Senior Leaving Certificate Examination (including Day School Certificate (Higher) General paper), 1946
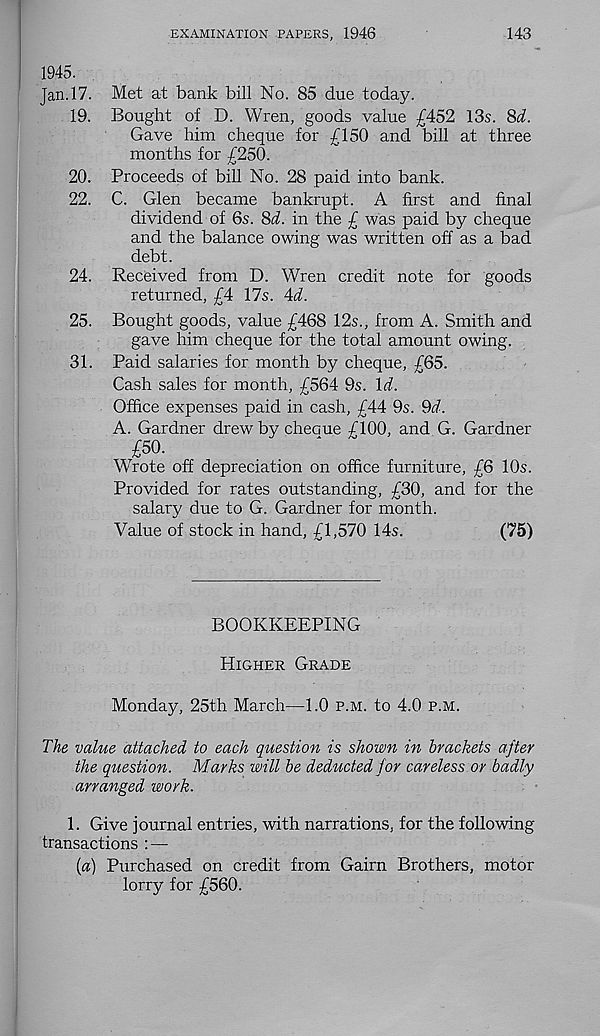
EXAMINATION PAPERS, 1946
143
1945.
Jan.17. Met at bank bill No. 85 due today.
19. Bought of D. Wren, goods value £452 13s. 8d.
Gave him cheque for £150 and bill at three
months for £250.
20. Proceeds of bill No. 28 paid into bank.
22. C. Glen became bankrupt. A first and final
dividend of 6s. 8d. in the £ was paid by cheque
and the balance owing was written off as a bad
debt.
24. Received from D. Wren credit note for goods
returned, £4 17s. 4d.
25. Bought goods, value £468 12s., from A. Smith and
gave him cheque for the total amount owing.
31. Paid salaries for month by cheque, £65.
Cash sales for month, £564 9s. Id.
Office expenses paid in cash, £44 9s. 9d.
A. Gardner drew by checme £100, and G. Gardner
£50.
Whote off depreciation on office furniture, £6 10s.
Provided for rates outstanding, £30, and for the
salary due to G. Gardner for month.
Value of stock in hand, £1,570 14s.
(75)
BOOKKEEPING
Higher Grade
Monday, 25th March—1.0 p.m. to 4.0 p.m.
The value attached to each question is shown in brackets after
the question. Marks will be deducted for careless or badly
arranged work.
1. Give journal entries, with narrations, for the following
transactions : —
[a] Purchased on credit from Gairn Brothers, motor
lorry for £560.